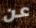
عن